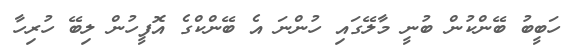
ހަބީބު ބޭންކުން ބުނީ މާލޭގައި ހުންނަ އެ ބޭންކްގެ އޮފީހުން ލިބޭ ހުރިހާ